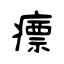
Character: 瘭